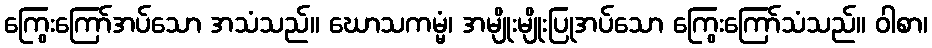
ကြွေးကြော်အပ်သော အသံသည်။ ဃောသကမ္မံ၊ အမျိုးမျိုးပြုအပ်သော ကြွေးကြော်သံသည်။ ဝါစာ၊